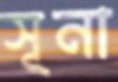
সূনা